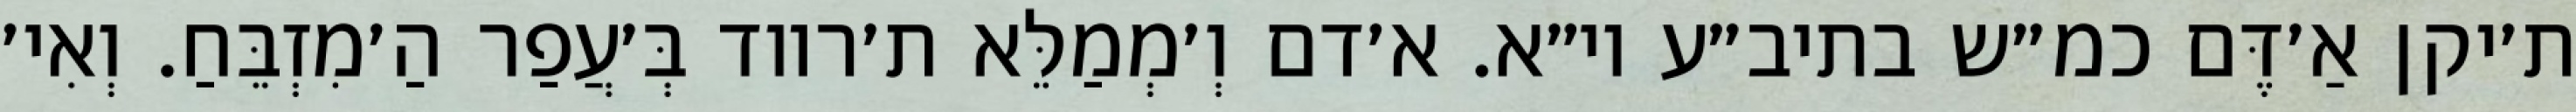
ת׳יקן אַ׳דֶּם כמ״ש בתיב״ע וי״א. א׳דם וְ׳מְמַלֵּא ת׳רווד בְּ׳עֲפַר הַ׳מִזְבֵּחַ. וְאִי׳